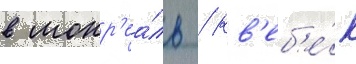
в монр'еа́ль / кв'еб'е́к